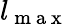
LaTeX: l_{\mathrm{~m~a~x~}}